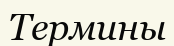
Термины